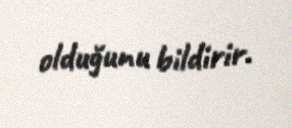
olduğunu bildirir.